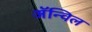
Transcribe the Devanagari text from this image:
अॅन्विल